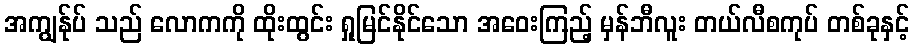
အကျွန်ုပ် သည် လောကကို ထိုးထွင်း ရှုမြင်နိုင်သော အဝေးကြည့် မှန်ဘီလူး တယ်လီစကုပ် တစ်ခုနှင့်